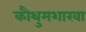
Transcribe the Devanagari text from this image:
कौथुमशाखा